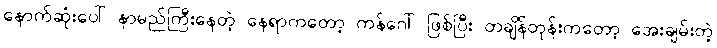
နောက်ဆုံးပေါ် နာမည်ကြီးနေတဲ့ နေရာကတော့ ကန်ဂေါ် ဖြစ်ပြီး တချိန်တုန်းကတော့ အေးချမ်းတဲ့